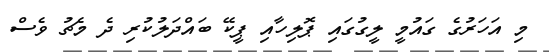
މި އަހަރުގެ ގައުމީ ލީގުގައި ޕޮލިހާއި ޕީކޭ ބައްދަލުކުރި ދެ މެޗު ވެސް